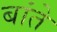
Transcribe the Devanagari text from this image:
बांते